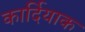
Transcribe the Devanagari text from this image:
कार्दियाक